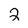
Character: 2